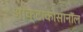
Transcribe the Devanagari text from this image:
आक्टाकोसानॉल